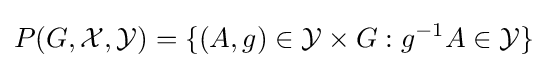
P(G,{\mathcal {X}},{\mathcal {Y}})=\{(A,g)\in {\mathcal {Y}}\times G:g^{-1}A\in {\mathcal {Y}}\}